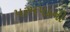
પરમપદની